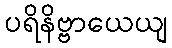
ပရိနိဗ္ဗာယေယျ